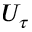
U _ { \tau }